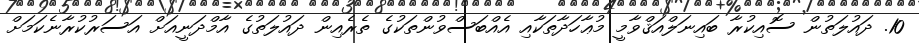
10. ދައުލަތުން ސޮއިކުރާ ބައިނަލްއަޤްވާމީ މުޢާހަދާތަކާއި އެއްބަސްވުންތަކުގެ ތެރެއިން ދައުލަތުގެ އާމްދަނީއަށް އަސަރުކުރާނެކަމަށް